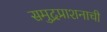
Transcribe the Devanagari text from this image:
समुद्रप्राशनाची